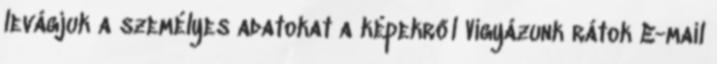
levágjuk a személyes adatokat a képekről Vigyázunk rátok E-mail